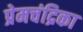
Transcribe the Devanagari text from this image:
प्रेमचंद्रिका